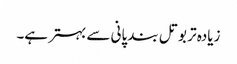
زیادہ تر بوتل بند پانی سے بہتر ہے۔